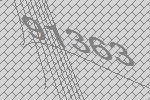
91363